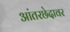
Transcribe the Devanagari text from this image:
आंतरछेदावर